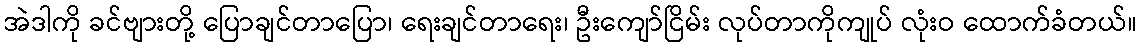
အဲဒါကို ခင်ဗျားတို့ ပြောချင်တာပြော၊ ရေးချင်တာရေး၊ ဦးကျော်ငြိမ်း လုပ်တာကိုကျုပ် လုံးဝ ထောက်ခံတယ်။